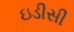
ઇડીસી